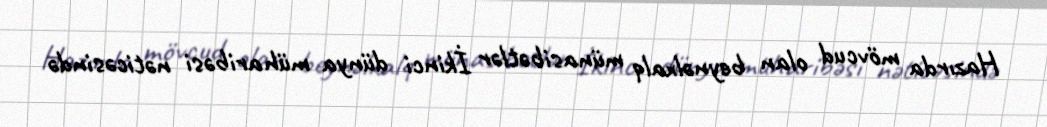
Hazırda mövcud olan beynəlxalq münasibətlər İkinci dünya müharibəsi nəticəsində